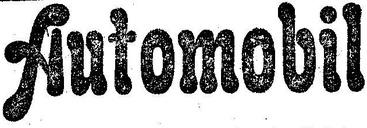
Automobil